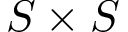
S \times S